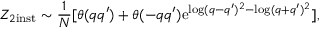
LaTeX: Z _ { 2 \mathrm { i n s t } } \sim \frac { 1 } { N } [ \theta ( q q ^ { \prime } ) + \theta ( - q q ^ { \prime } ) \mathrm { e } ^ { \log ( q - q ^ { \prime } ) ^ { 2 } - \log ( q + q ^ { \prime } ) ^ { 2 } } ] ,